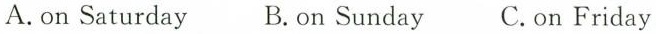
A.on Saturday B.On Sunday C.On Friday